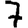
Digit: 7